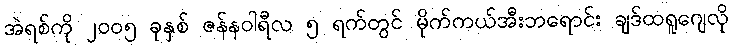
အဲရစ်ကို ၂၀၀၅ ခုနှစ် ဇန်နဝါရီလ ၅ ရက်တွင် မိုက်ကယ်အီးဘရောင်း ချဒ်ထရူဂျေလို